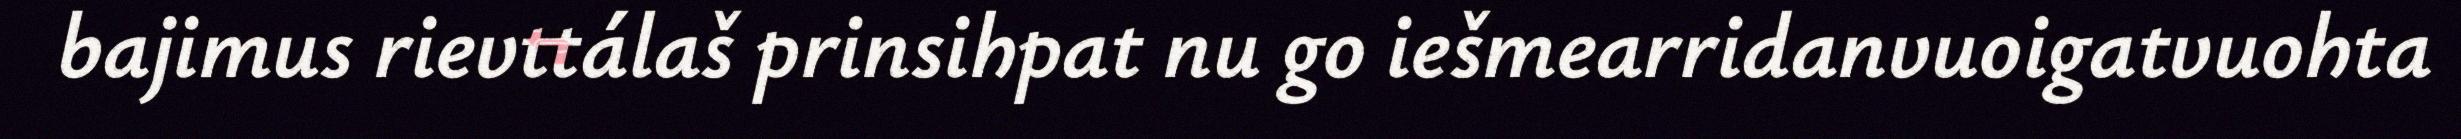
bajimus rievttálaš prinsihpat nu go iešmearridanvuoigatvuohta